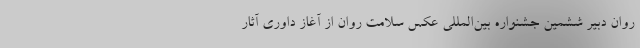
روان دبیر ششمین جشنواره بین‌المللی عکس سلامت روان از آغاز داوری آثار